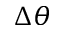
\Delta \theta